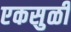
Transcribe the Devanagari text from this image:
एकसुळी